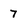
Character: 7